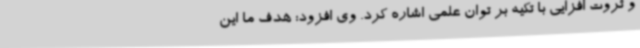
و ثروت افزایی با تکیه ‌بر توان علمی اشاره کرد. وی افزود: هدف ما این